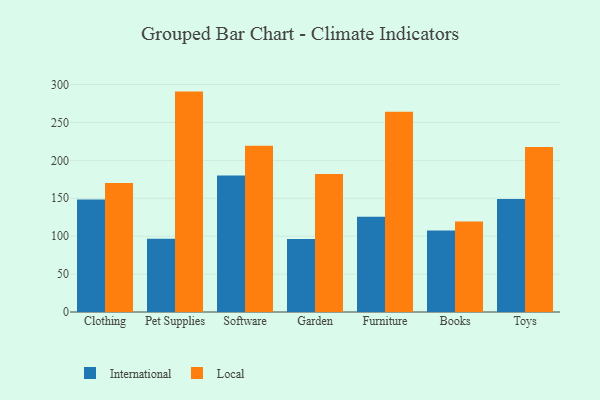
{"axis": {"x": "Category", "y": "Humidity (%)"}, "legend": ["International", "Local"], "data": [{"x": "Clothing", "y": 148.3, "type": "International"}, {"x": "Clothing", "y": 170.0, "type": "Local"}, {"x": "Pet Supplies", "y": 96.7, "type": "International"}, {"x": "Pet Supplies", "y": 290.7, "type": "Local"}, {"x": "Software", "y": 180.1, "type": "International"}, {"x": "Software", "y": 219.3, "type": "Local"}, {"x": "Garden", "y": 96.3, "type": "International"}, {"x": "Garden", "y": 182.0, "type": "Local"}, {"x": "Furniture", "y": 125.5, "type": "International"}, {"x": "Furniture", "y": 264.2, "type": "Local"}, {"x": "Books", "y": 107.5, "type": "International"}, {"x": "Books", "y": 119.4, "type": "Local"}, {"x": "Toys", "y": 149.1, "type": "International"}, {"x": "Toys", "y": 217.6, "type": "Local"}]}